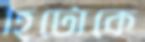
হিটোকে